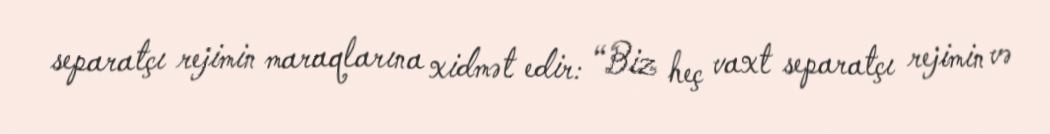
separatçı rejimin maraqlarına xidmət edir: “Biz heç vaxt separatçı rejimin və